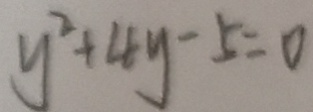
y ^ { 2 } + 4 y - 5 = 0